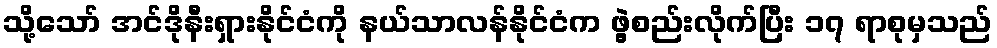
သို့သော် အင်ဒိုနီးရှားနိုင်ငံကို နယ်သာလန်နိုင်ငံက ဖွဲ့စည်းလိုက်ပြီး ၁၇ ရာစုမှသည်